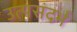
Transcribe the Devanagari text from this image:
उत्पसंदर्भ